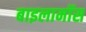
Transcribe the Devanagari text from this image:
बाइलामॉस